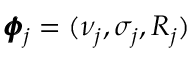
\pmb { \phi } _ { j } = ( \nu _ { j } , \sigma _ { j } , R _ { j } )